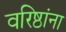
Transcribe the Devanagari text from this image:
वरिष्ठांना